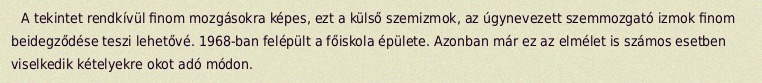
A tekintet rendkívül finom mozgásokra képes, ezt a külső szemizmok, az úgynevezett szemmozgató izmok finom beidegződése teszi lehetővé. 1968-ban felépült a főiskola épülete. Azonban már ez az elmélet is számos esetben viselkedik kételyekre okot adó módon.